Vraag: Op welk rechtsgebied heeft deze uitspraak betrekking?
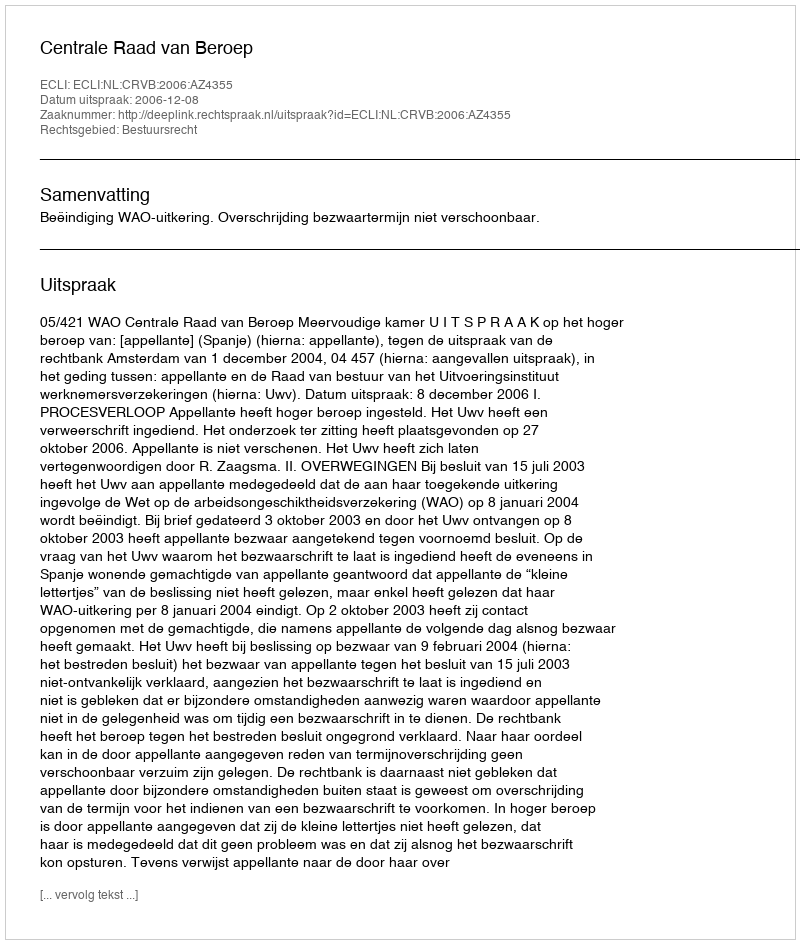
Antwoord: Bestuursrecht